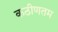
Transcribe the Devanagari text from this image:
कठीणतम